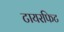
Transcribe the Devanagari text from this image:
टायरफिट